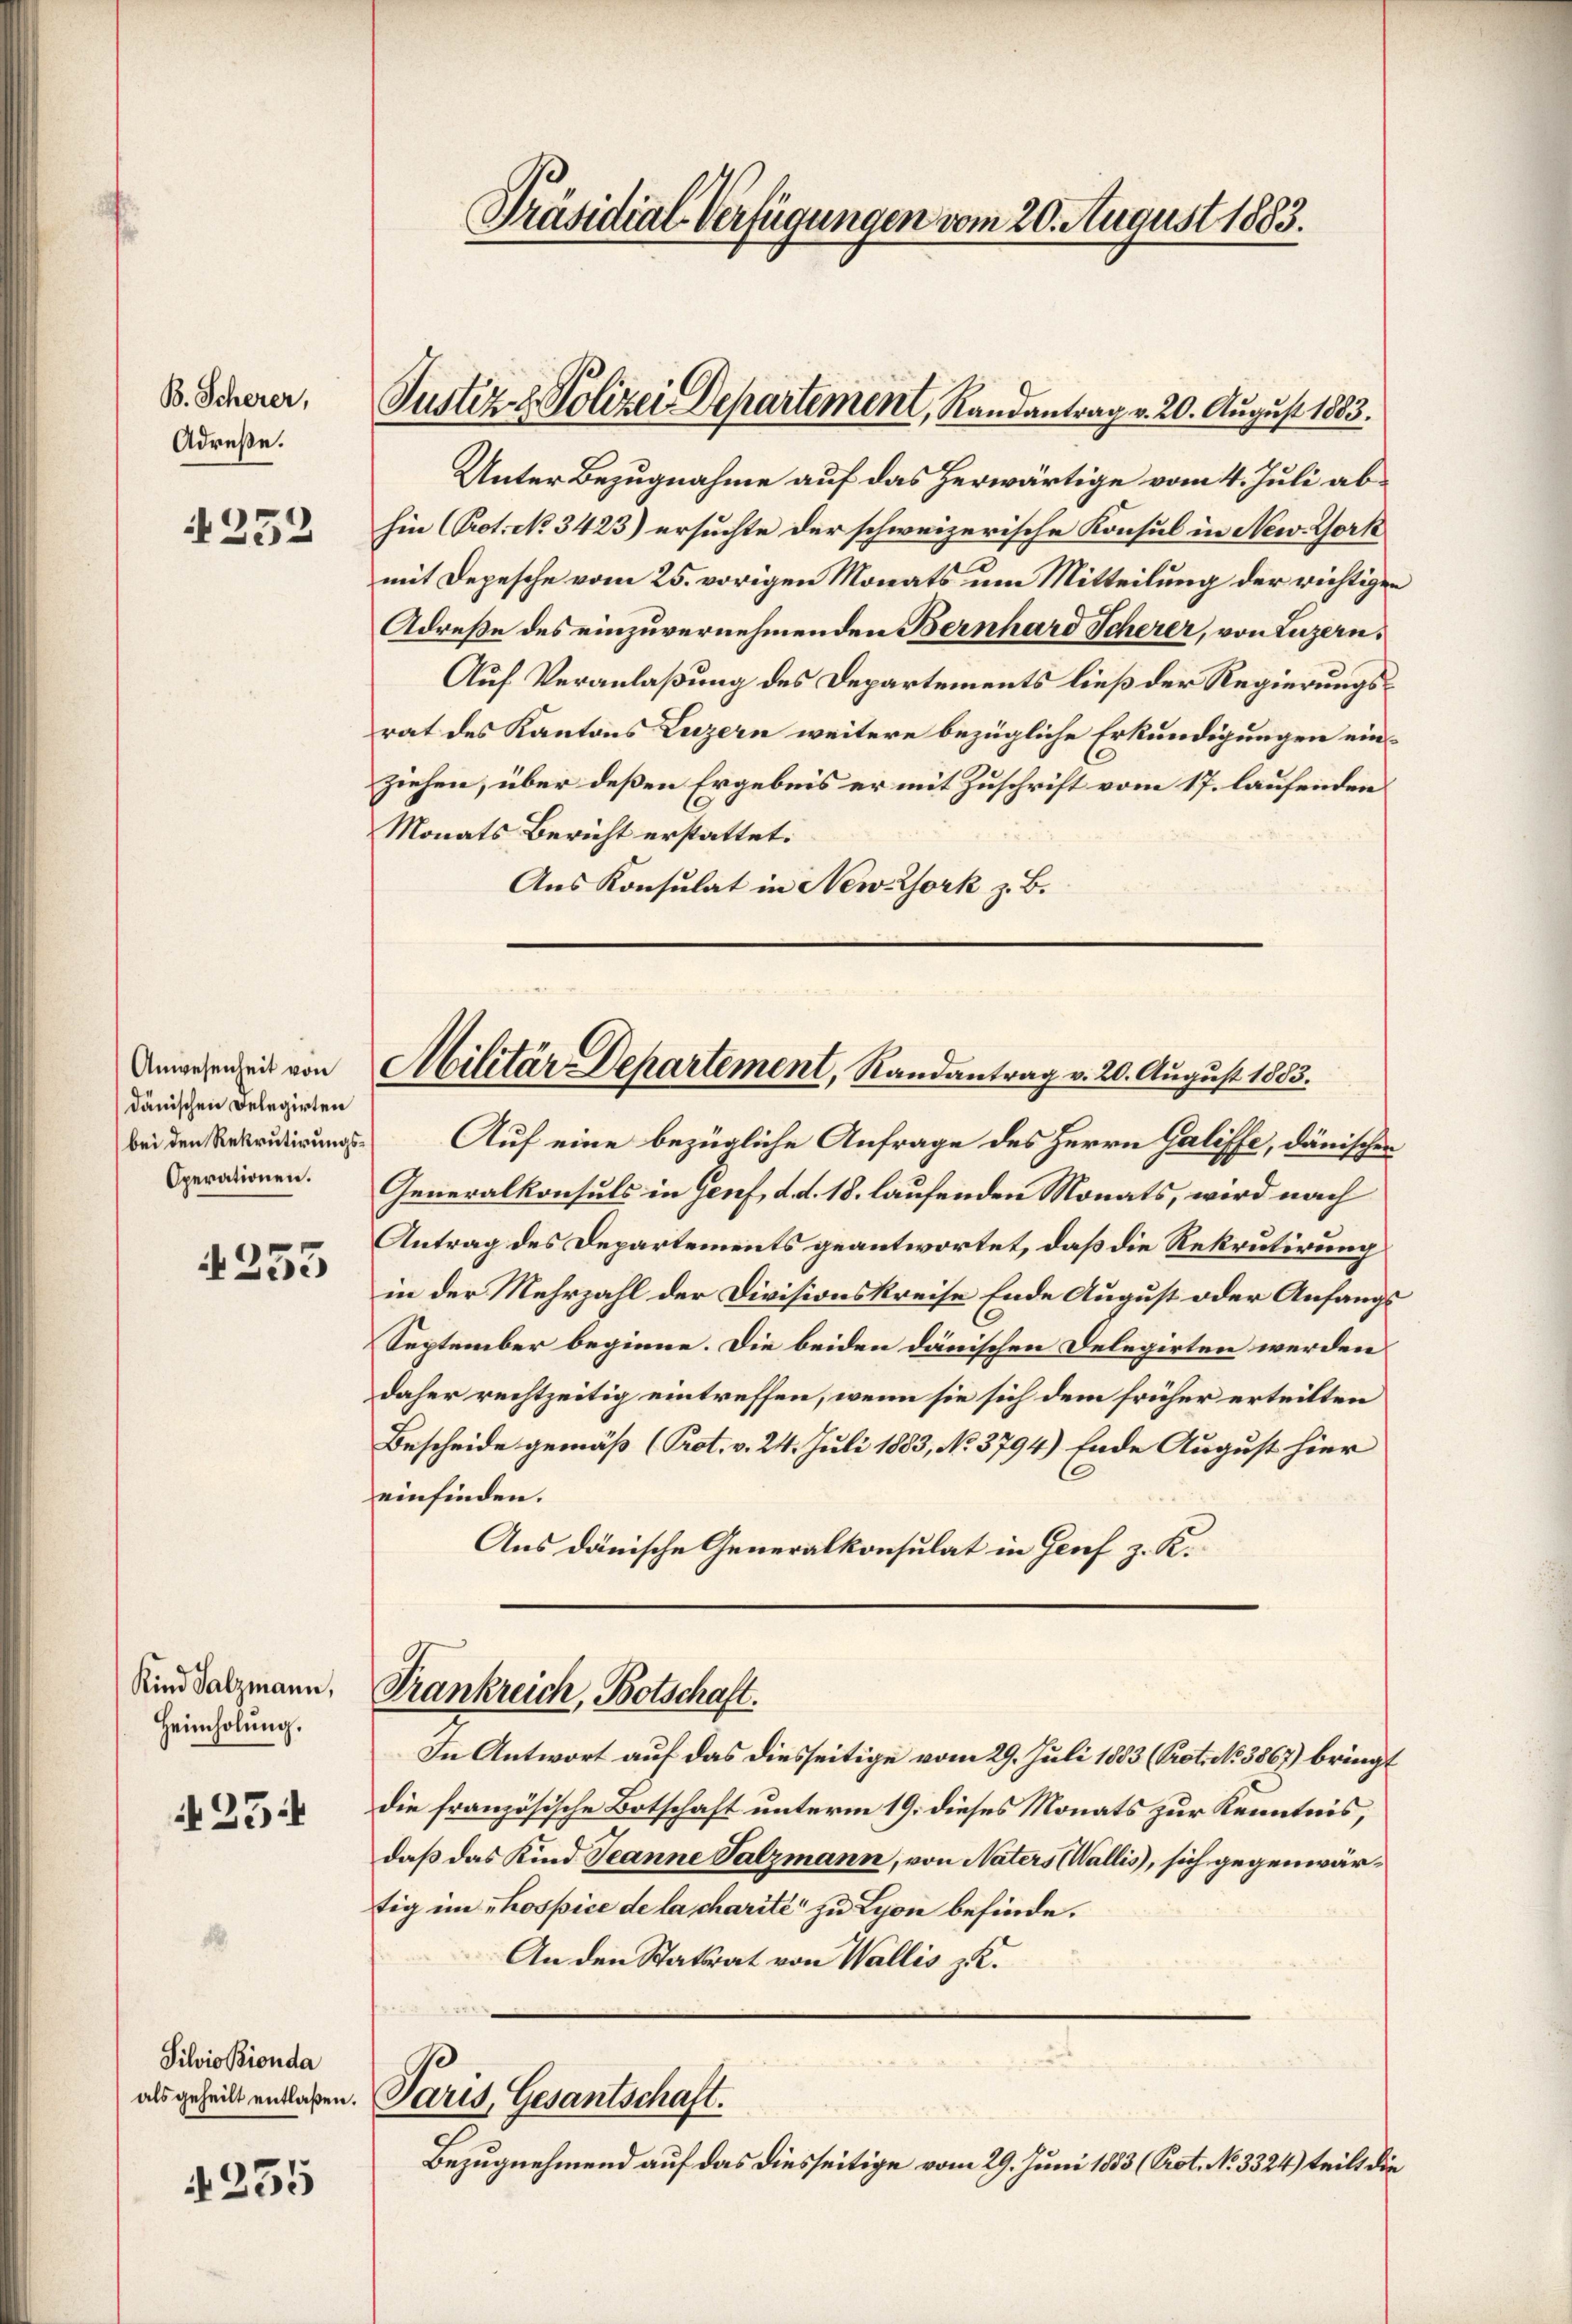
B. Scherer,
Adrese.

252

Anwesenheit von
dänischen Delegirten
bei den Rekrutirungs¬
Operationen.

4253

Kind Salzmann,
Heimholung.

25

Silvio Bionda

4255

Präsidial-Verfügungen vom 20. August 1883.

Unter Bezugnahme auf das herwärtige vom 4. Juli abhin (Prot. No 3423) ersuchte der schweizerische Konsul in New-York
mit Depesche vom 25. vorigen Monats um Mitteilung der richtigen
Adreße des einzuvernehmenden Bernhard Scherer, von Luzern,
Auf Veranlaßung des Departements ließ der Regierungsrat des Kantons Luzern weitere bezügliche Erkundigungen einziehen, über deßen Ergebnis er mit Zuschrift vom 17. laufenden
Monats Bericht erstattet.
Aus Konsulat in New-York z. B.

Justiz- & Polizei Departement, Randantrag v. 20. August 1883.

Militär-Departement, Randantrag v. 20. August 1883.

Frankreich, Botschaft.

als geheilt entlaßen. Paris, Gesantschaft.
Bezugnehmend auf das diesseitige vom 29. Juni 1883 (Prot. No. 3324) teilt die

Auf eine bezügliche Anfrage des Herrn Galiffe, dänischen
Generalkonsuls in Genf, d. d. 18. laufenden Monats, wird nach
Antrag des Departements geantwortet, daß die Rekrutirung
in der Mehrzahl der Divisionskreise Ende August oder Anfangs¬
September beginne. Die beiden dänischen Delegirten werden
daher rechtzeitig eintreffen, wenn sie sich dem früher erteilten
Bescheide gemäß (Prot. v. 24. Juli 1883, No 3794) Ende August hier
einfinden.
Aus dänische Generalkonsulat in Genf z. K.

In Antwort auf das diesseitige vom 29. Juli 1853 (Prot. No. 3867) bringt
die französische Botschaft unterm 19. dieses Monats zur Kenntnis,
daß das Kind Jeanne Salzmann, von Naters (Wallis, sich gegenwärtig im hospice de lascharité“ zu Lyon befinde.
An den Statsrat von Wallis z. K.